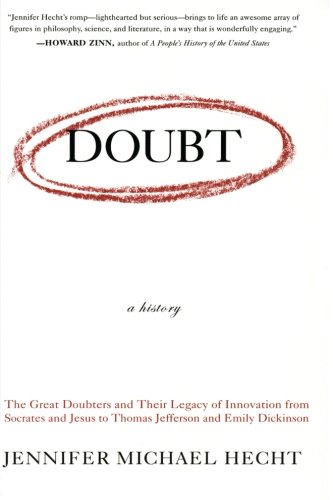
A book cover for Doubt: A History: The Great Doubters and Their Legacy of Innovation from Socrates and Jesus to Thomas Jefferson and Emily Dickinson; Jennifer Michael Hecht; Politics & Social Sciences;